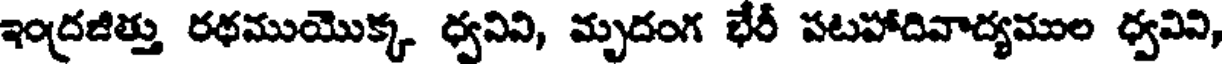
ఇంద్రజిత్తు రథముయొక్క ధ్వనిని, మృదంగ భేరీ పటహాదివాద్యముల ధ్వవివి,